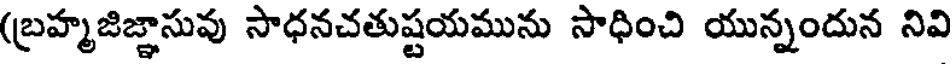
(బ్రహ్మజిజ్ఞాసువు సాధనచతుష్టయమును సాధించి యున్నందున నివి